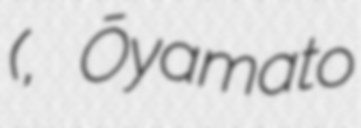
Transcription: (大和神社, Ōyamato